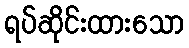
ရပ်ဆိုင်းထားသော